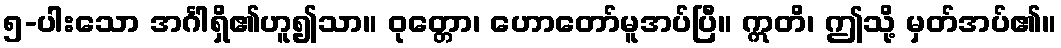
၅-ပါးသော အင်္ဂါရှိ၏ဟူ၍သာ။ ဝုတ္တော၊ ဟောတော်မူအပ်ပြီ။ ဣတိ၊ ဤသို့ မှတ်အပ်၏။